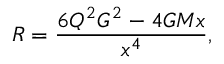
R = \frac { 6 { Q } ^ { 2 } G ^ { 2 } - 4 G M x } { x ^ { 4 } } ,